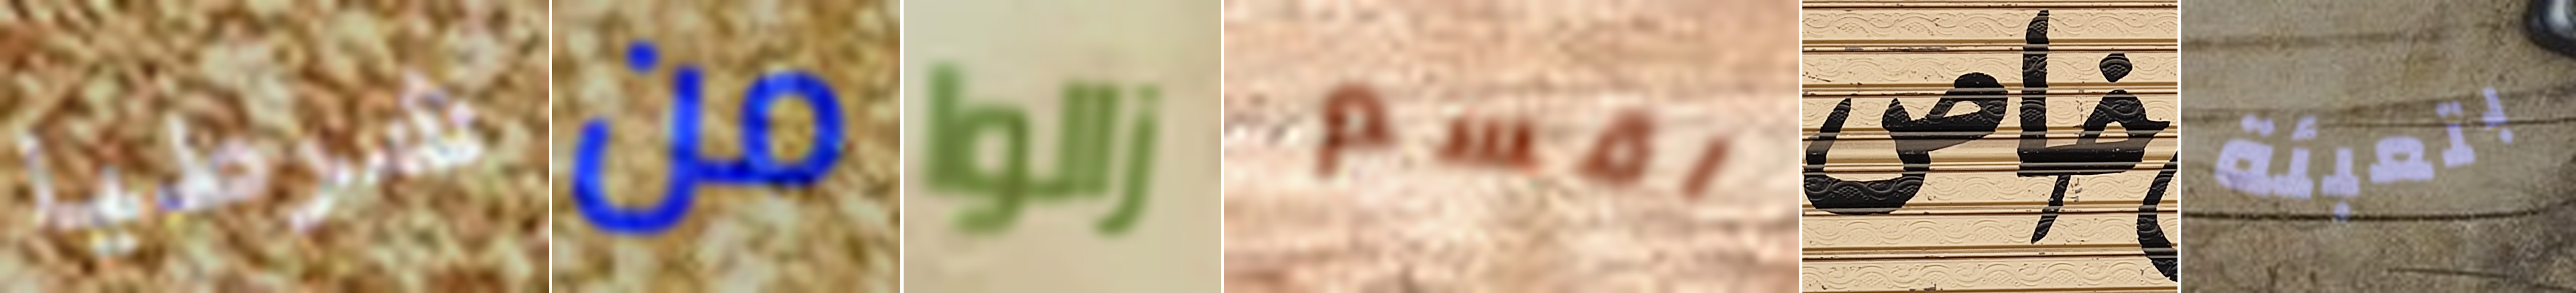
شرطيا من زالوا اقسم خاص بتعبئة